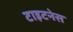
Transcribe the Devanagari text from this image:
टाइटनेस